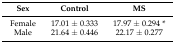
<table><thead><tr><td><b>Sex</b></td><td><b>Control</b></td><td><b>MS</b></td></tr></thead><tbody><tr><td>Female</td><td>17.01 ± 0.333</td><td>17.97 ± 0.294 *</td></tr><tr><td>Male</td><td>21.64 ± 0.446</td><td>22.17 ± 0.277</td></tr></tbody></table>